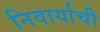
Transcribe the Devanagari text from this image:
निवार्याची